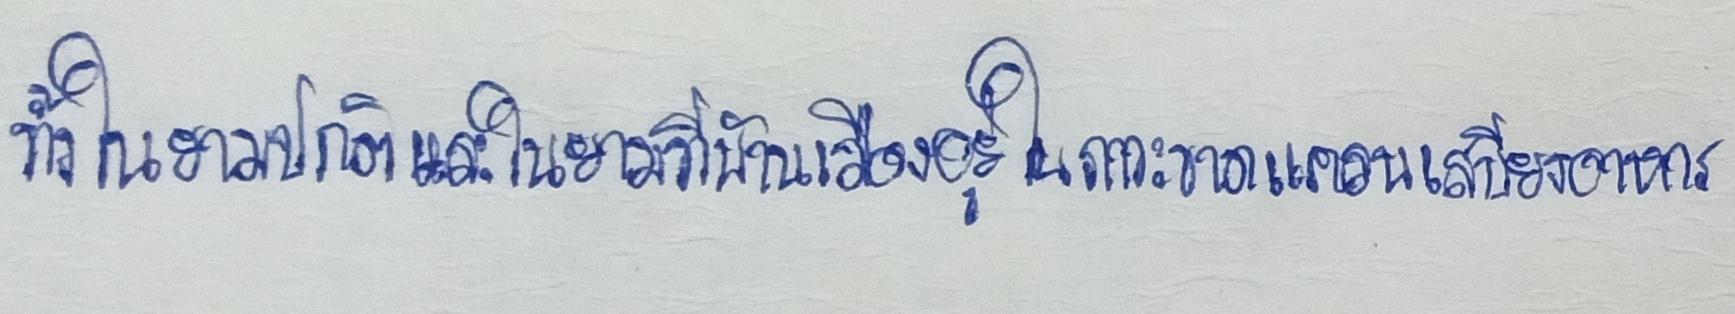
ทั้งในยามปกติและในยามที่บ้านเมืองอยู่ในภาวะขาดแคลนเสบียงอาหาร